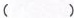
()